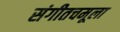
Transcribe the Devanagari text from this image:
संगीतचमूला